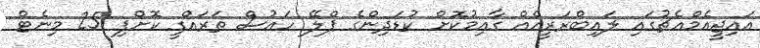
އައިޖީއެމްއެޗުގައި ލައިބްރަރީއެއް ގާއިމުކޮށް ކުޑަދިންގެ ޕްލޭ ހައުސް ތަރައްގީ ކޮށްފި 25 މިނެޓް